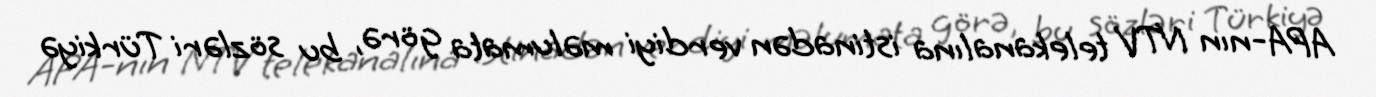
APA-nın NTV telekanalına istinadən verdiyi məlumata görə, bu sözləri Türkiyə